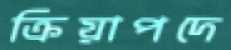
ক্রিয়াপদে